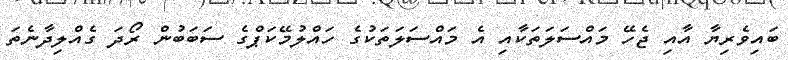
ބައިވެރިޔާ އާއި ޖެހޭ މައްސަލަތަކާއި އެ މައްސަލަތަކުގެ ހައްލުމޭކަޕްގެ ސަބަބުން ރޯދަ ގެއްލިދާނެތަ